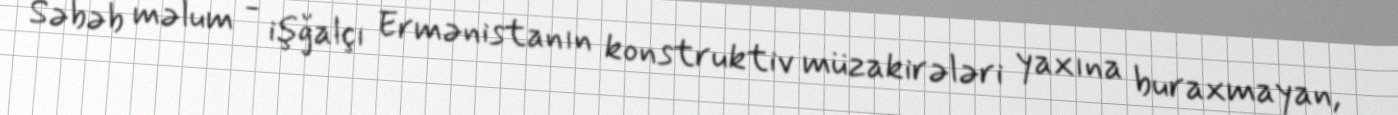
Səbəb məlum - işğalçı Ermənistanın konstruktiv müzakirələri yaxına buraxmayan,